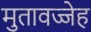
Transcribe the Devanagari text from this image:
मुतावज्जेह